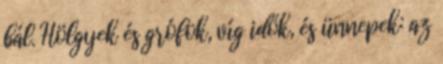
bál. Hölgyek és grófok, víg idők, és ünnepek: az